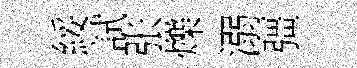
綏試张爍溺彊